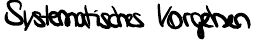
Systematisches Vorgehen